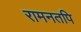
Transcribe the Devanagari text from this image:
रामनतपि